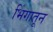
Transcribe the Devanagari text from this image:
भिंगातून